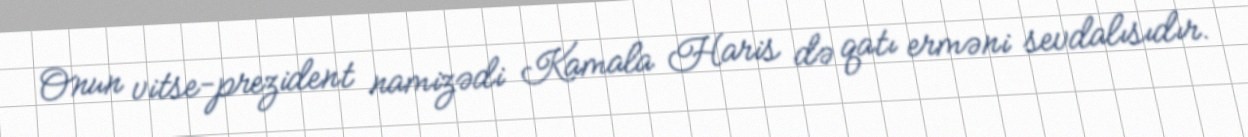
Onun vitse-prezident namizədi Kamala Haris də qatı erməni sevdalısıdır.